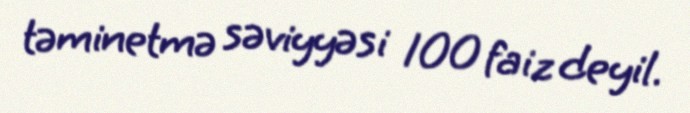
təminetmə səviyyəsi 100 faiz deyil.